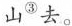
山^{③}去。